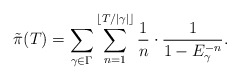
\begin{align*}\tilde{\pi}(T)=\sum_{\gamma\in\Gamma}\sum_{n=1}^{\lfloor T/|\gamma|\rfloor}\frac{1}{n}\cdot \frac{1}{1-E_{\gamma}^{-n}}.\end{align*}